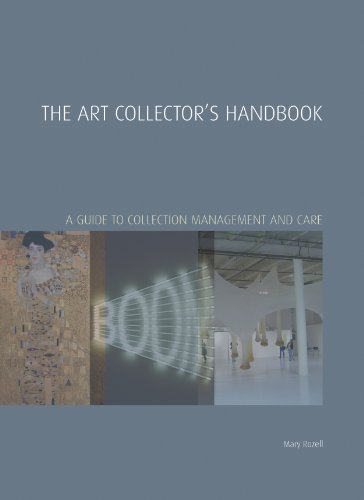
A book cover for The Art Collector's Handbook: A Guide to Collection Management and Care (Handbooks in International Art Business); Mary Rozell; Arts & Photography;